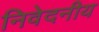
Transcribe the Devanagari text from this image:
निवेदनीय